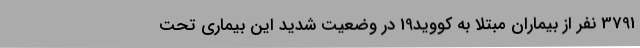
3791 نفر از بیماران مبتلا به کووید19 در وضعیت شدید این بیماری تحت